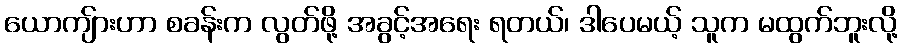
ယောကျ်ားဟာ စခန်းက လွတ်ဖို့ အခွင့်အရေး ရတယ်၊ ဒါပေမယ့် သူက မထွက်ဘူးလို့